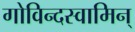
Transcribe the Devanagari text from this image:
गोविन्दस्वामिन्